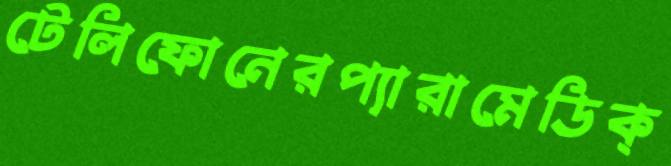
টেলিফোনেরপ্যারামেডিক্